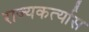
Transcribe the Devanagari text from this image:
राज्यकर्त्यास